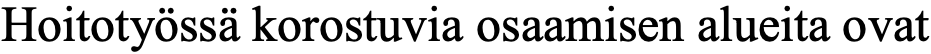
Hoitotyössä korostuvia osaamisen alueita ovat